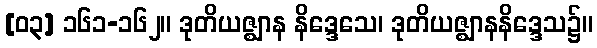
[၀၃] ၁၆၁-၁၆၂။ ဒုတိယဇ္ဈာန နိဒ္ဒေသေ၊ ဒုတိယဇ္ဈာနနိဒ္ဒေသ၌။